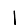
Digit: 1